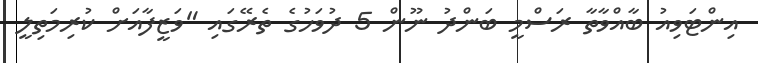
އިންޓަވިއު ބާއްވާތާ ރަސްމީ ބަންދު ނޫން 5 ދުވަހުގެ ތެރޭގައި "ވަޒީފާއަށް ކުރިމަތިލީ